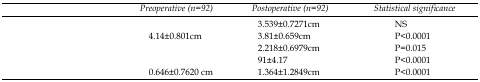
<table><thead><tr><td>[EMPTY_CELL]</td><td><b><i>Preoperative (n=92)</i></b></td><td><b><i>Postoperative (n=92)</i></b></td><td><b><i>Statistical significance</i></b></td></tr></thead><tbody><tr><td>[EMPTY_CELL]</td><td>[EMPTY_CELL]</td><td>3.539±0.7271cm</td><td>NS</td></tr><tr><td>[EMPTY_CELL]</td><td>4.14±0.801cm</td><td>3.81±0.659cm</td><td>P&lt;0.0001</td></tr><tr><td>[EMPTY_CELL]</td><td>[EMPTY_CELL]</td><td>2.218±0.6979cm</td><td>P=0.015</td></tr><tr><td>[EMPTY_CELL]</td><td>[EMPTY_CELL]</td><td>91±4.17</td><td>P&lt;0.0001</td></tr><tr><td>[EMPTY_CELL]</td><td>0.646±0.7620 cm</td><td>1.364±1.2849cm</td><td>P&lt;0.0001</td></tr></tbody></table>